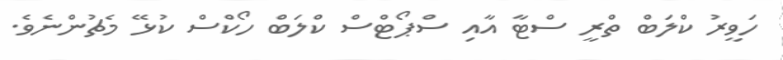
ހަވީރު ކްލަބް ތްރީ ސްޓާ އާއި ސްޕޯޓްސް ކްލަބް ހޯކްސް ކުޅޭ މެޗުންނެވެ.